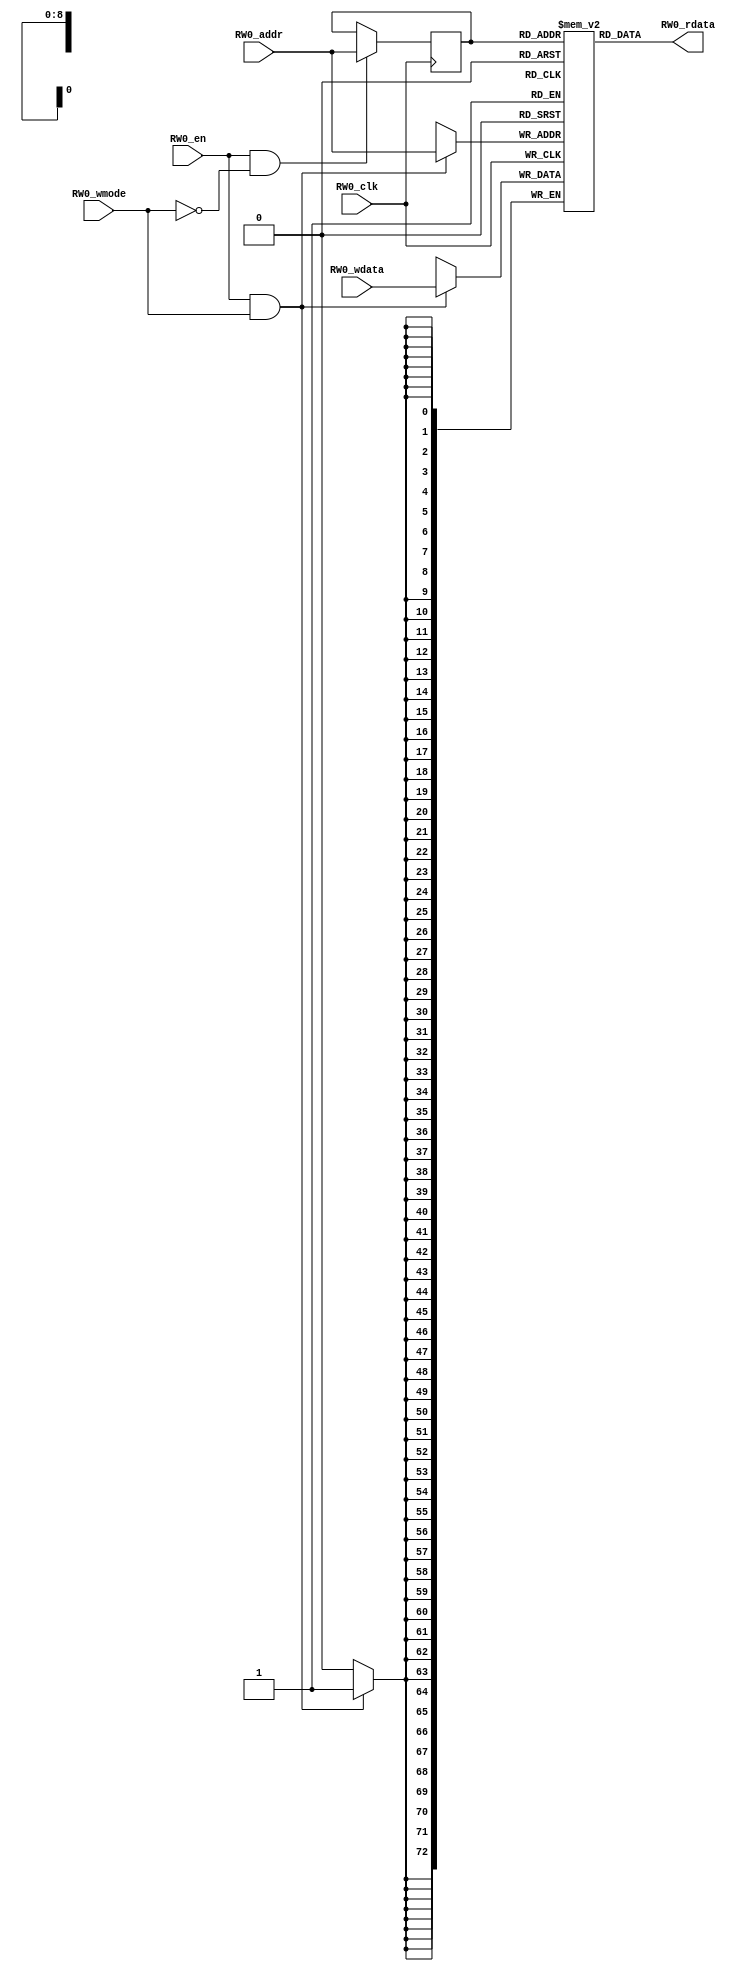
module array_ext(
  input RW0_clk,
  input [8:0] RW0_addr,
  input RW0_en,
  input RW0_wmode,
  input [72:0] RW0_wdata,
  output [72:0] RW0_rdata
);

  reg reg_RW0_ren;
  reg [8:0] reg_RW0_addr;
  reg [72:0] ram [511:0];
  
  integer i;
  always @(posedge RW0_clk)
    reg_RW0_ren <= RW0_en && !RW0_wmode;
  always @(posedge RW0_clk)
    if (RW0_en && !RW0_wmode) reg_RW0_addr <= RW0_addr;
  always @(posedge RW0_clk)
    if (RW0_en && RW0_wmode) begin
      for(i=0;i<1;i=i+1) begin
        ram[RW0_addr][i*73 +: 73] <= RW0_wdata[i*73 +: 73];
      end
    end
  `ifdef RANDOMIZE_GARBAGE_ASSIGN
  reg [95:0] RW0_random;
  `ifdef RANDOMIZE_MEM_INIT
    initial begin
      #`RANDOMIZE_DELAY begin end
      RW0_random = {$random, $random, $random};
      reg_RW0_ren = RW0_random[0];
    end
  `endif
  always @(posedge RW0_clk) RW0_random <= {$random, $random, $random};
  assign RW0_rdata = reg_RW0_ren ? ram[reg_RW0_addr] : RW0_random[72:0];
  `else
  assign RW0_rdata = ram[reg_RW0_addr];
  `endif

endmodule

module array_0_ext(
  input RW0_clk,
  input [6:0] RW0_addr,
  input RW0_en,
  input RW0_wmode,
  input [3:0] RW0_wmask,
  input [83:0] RW0_wdata,
  output [83:0] RW0_rdata
);

  reg reg_RW0_ren;
  reg [6:0] reg_RW0_addr;
  reg [83:0] ram [127:0];
  `ifdef RANDOMIZE_MEM_INIT
    integer initvar;
    initial begin
      #`RANDOMIZE_DELAY begin end
      for (initvar = 0; initvar < 128; initvar = initvar+1)
        ram[initvar] = {3 {$random}};
      reg_RW0_addr = {1 {$random}};
    end
  `endif
  integer i;
  always @(posedge RW0_clk)
    reg_RW0_ren <= RW0_en && !RW0_wmode;
  always @(posedge RW0_clk)
    if (RW0_en && !RW0_wmode) reg_RW0_addr <= RW0_addr;
  always @(posedge RW0_clk)
    if (RW0_en && RW0_wmode) begin
      for(i=0;i<4;i=i+1) begin
        if(RW0_wmask[i]) begin
          ram[RW0_addr][i*21 +: 21] <= RW0_wdata[i*21 +: 21];
        end
      end
    end
  `ifdef RANDOMIZE_GARBAGE_ASSIGN
  reg [95:0] RW0_random;
  `ifdef RANDOMIZE_MEM_INIT
    initial begin
      #`RANDOMIZE_DELAY begin end
      RW0_random = {$random, $random, $random};
      reg_RW0_ren = RW0_random[0];
    end
  `endif
  always @(posedge RW0_clk) RW0_random <= {$random, $random, $random};
  assign RW0_rdata = reg_RW0_ren ? ram[reg_RW0_addr] : RW0_random[83:0];
  `else
  assign RW0_rdata = ram[reg_RW0_addr];
  `endif

endmodule

module array_1_ext(
  input RW0_clk,
  input [9:0] RW0_addr,
  input RW0_en,
  input RW0_wmode,
  input [3:0] RW0_wmask,
  input [255:0] RW0_wdata,
  output [255:0] RW0_rdata
);

  reg reg_RW0_ren;
  reg [9:0] reg_RW0_addr;
  reg [255:0] ram [1023:0];
  `ifdef RANDOMIZE_MEM_INIT
    integer initvar;
    initial begin
      #`RANDOMIZE_DELAY begin end
      for (initvar = 0; initvar < 1024; initvar = initvar+1)
        ram[initvar] = {8 {$random}};
      reg_RW0_addr = {1 {$random}};
    end
  `endif
  integer i;
  always @(posedge RW0_clk)
    reg_RW0_ren <= RW0_en && !RW0_wmode;
  always @(posedge RW0_clk)
    if (RW0_en && !RW0_wmode) reg_RW0_addr <= RW0_addr;
  always @(posedge RW0_clk)
    if (RW0_en && RW0_wmode) begin
      for(i=0;i<4;i=i+1) begin
        if(RW0_wmask[i]) begin
          ram[RW0_addr][i*64 +: 64] <= RW0_wdata[i*64 +: 64];
        end
      end
    end
  `ifdef RANDOMIZE_GARBAGE_ASSIGN
  reg [255:0] RW0_random;
  `ifdef RANDOMIZE_MEM_INIT
    initial begin
      #`RANDOMIZE_DELAY begin end
      RW0_random = {$random, $random, $random, $random, $random, $random, $random, $random};
      reg_RW0_ren = RW0_random[0];
    end
  `endif
  always @(posedge RW0_clk) RW0_random <= {$random, $random, $random, $random, $random, $random, $random, $random};
  assign RW0_rdata = reg_RW0_ren ? ram[reg_RW0_addr] : RW0_random[255:0];
  `else
  assign RW0_rdata = ram[reg_RW0_addr];
  `endif

endmodule

module array_2_ext(
  input RW0_clk,
  input [8:0] RW0_addr,
  input RW0_en,
  input RW0_wmode,
  input [3:0] RW0_wmask,
  input [75:0] RW0_wdata,
  output [75:0] RW0_rdata
);

  reg reg_RW0_ren;
  reg [8:0] reg_RW0_addr;
  reg [75:0] ram [511:0];
  `ifdef RANDOMIZE_MEM_INIT
    integer initvar;
    initial begin
      #`RANDOMIZE_DELAY begin end
      for (initvar = 0; initvar < 512; initvar = initvar+1)
        ram[initvar] = {3 {$random}};
      reg_RW0_addr = {1 {$random}};
    end
  `endif
  integer i;
  always @(posedge RW0_clk)
    reg_RW0_ren <= RW0_en && !RW0_wmode;
  always @(posedge RW0_clk)
    if (RW0_en && !RW0_wmode) reg_RW0_addr <= RW0_addr;
  always @(posedge RW0_clk)
    if (RW0_en && RW0_wmode) begin
      for(i=0;i<4;i=i+1) begin
        if(RW0_wmask[i]) begin
          ram[RW0_addr][i*19 +: 19] <= RW0_wdata[i*19 +: 19];
        end
      end
    end
  `ifdef RANDOMIZE_GARBAGE_ASSIGN
  reg [95:0] RW0_random;
  `ifdef RANDOMIZE_MEM_INIT
    initial begin
      #`RANDOMIZE_DELAY begin end
      RW0_random = {$random, $random, $random};
      reg_RW0_ren = RW0_random[0];
    end
  `endif
  always @(posedge RW0_clk) RW0_random <= {$random, $random, $random};
  assign RW0_rdata = reg_RW0_ren ? ram[reg_RW0_addr] : RW0_random[75:0];
  `else
  assign RW0_rdata = ram[reg_RW0_addr];
  `endif

endmodule

module array_3_ext(
  input RW0_clk,
  input [11:0] RW0_addr,
  input RW0_en,
  input RW0_wmode,
  input [3:0] RW0_wmask,
  input [255:0] RW0_wdata,
  output [255:0] RW0_rdata
);

  reg reg_RW0_ren;
  reg [11:0] reg_RW0_addr;
  reg [255:0] ram [4095:0];
  `ifdef RANDOMIZE_MEM_INIT
    integer initvar;
    initial begin
      #`RANDOMIZE_DELAY begin end
      for (initvar = 0; initvar < 4096; initvar = initvar+1)
        ram[initvar] = {8 {$random}};
      reg_RW0_addr = {1 {$random}};
    end
  `endif
  integer i;
  always @(posedge RW0_clk)
    reg_RW0_ren <= RW0_en && !RW0_wmode;
  always @(posedge RW0_clk)
    if (RW0_en && !RW0_wmode) reg_RW0_addr <= RW0_addr;
  always @(posedge RW0_clk)
    if (RW0_en && RW0_wmode) begin
      for(i=0;i<4;i=i+1) begin
        if(RW0_wmask[i]) begin
          ram[RW0_addr][i*64 +: 64] <= RW0_wdata[i*64 +: 64];
        end
      end
    end
  `ifdef RANDOMIZE_GARBAGE_ASSIGN
  reg [255:0] RW0_random;
  `ifdef RANDOMIZE_MEM_INIT
    initial begin
      #`RANDOMIZE_DELAY begin end
      RW0_random = {$random, $random, $random, $random, $random, $random, $random, $random};
      reg_RW0_ren = RW0_random[0];
    end
  `endif
  always @(posedge RW0_clk) RW0_random <= {$random, $random, $random, $random, $random, $random, $random, $random};
  assign RW0_rdata = reg_RW0_ren ? ram[reg_RW0_addr] : RW0_random[255:0];
  `else
  assign RW0_rdata = ram[reg_RW0_addr];
  `endif

endmodule



module DifftestRunaheadEvent(
  input         io_clock,
input  [ 7:0] io_coreid,
input  [ 7:0] io_index,
input         io_valid,
input         io_branch,
input         io_may_replay,
input  [63:0] io_pc,
input  [63:0] io_checkpoint_id
);
endmodule


module DifftestRunaheadRedirectEvent(
  input         io_clock,
input  [ 7:0] io_coreid,
input         io_valid,
input  [63:0] io_pc,
input  [63:0] io_target_pc,
input  [63:0] io_checkpoint_id
);
endmodule